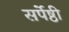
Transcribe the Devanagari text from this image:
सर्पेष्ठी